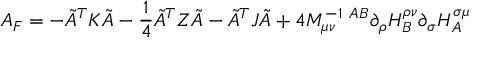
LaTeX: A _ { \cal F } = - \tilde { A } ^ { T } K \tilde { A } - \frac { 1 } { 4 } \tilde { A } ^ { T } Z \tilde { A } - \tilde { A } ^ { T } J \tilde { A } + 4 { \cal M } _ { \mu \nu } ^ { - 1 \ A B } \partial _ { \rho } { \cal H } _ { B } ^ { \rho \nu } \partial _ { \sigma } { \cal H } _ { A } ^ { \sigma \mu }